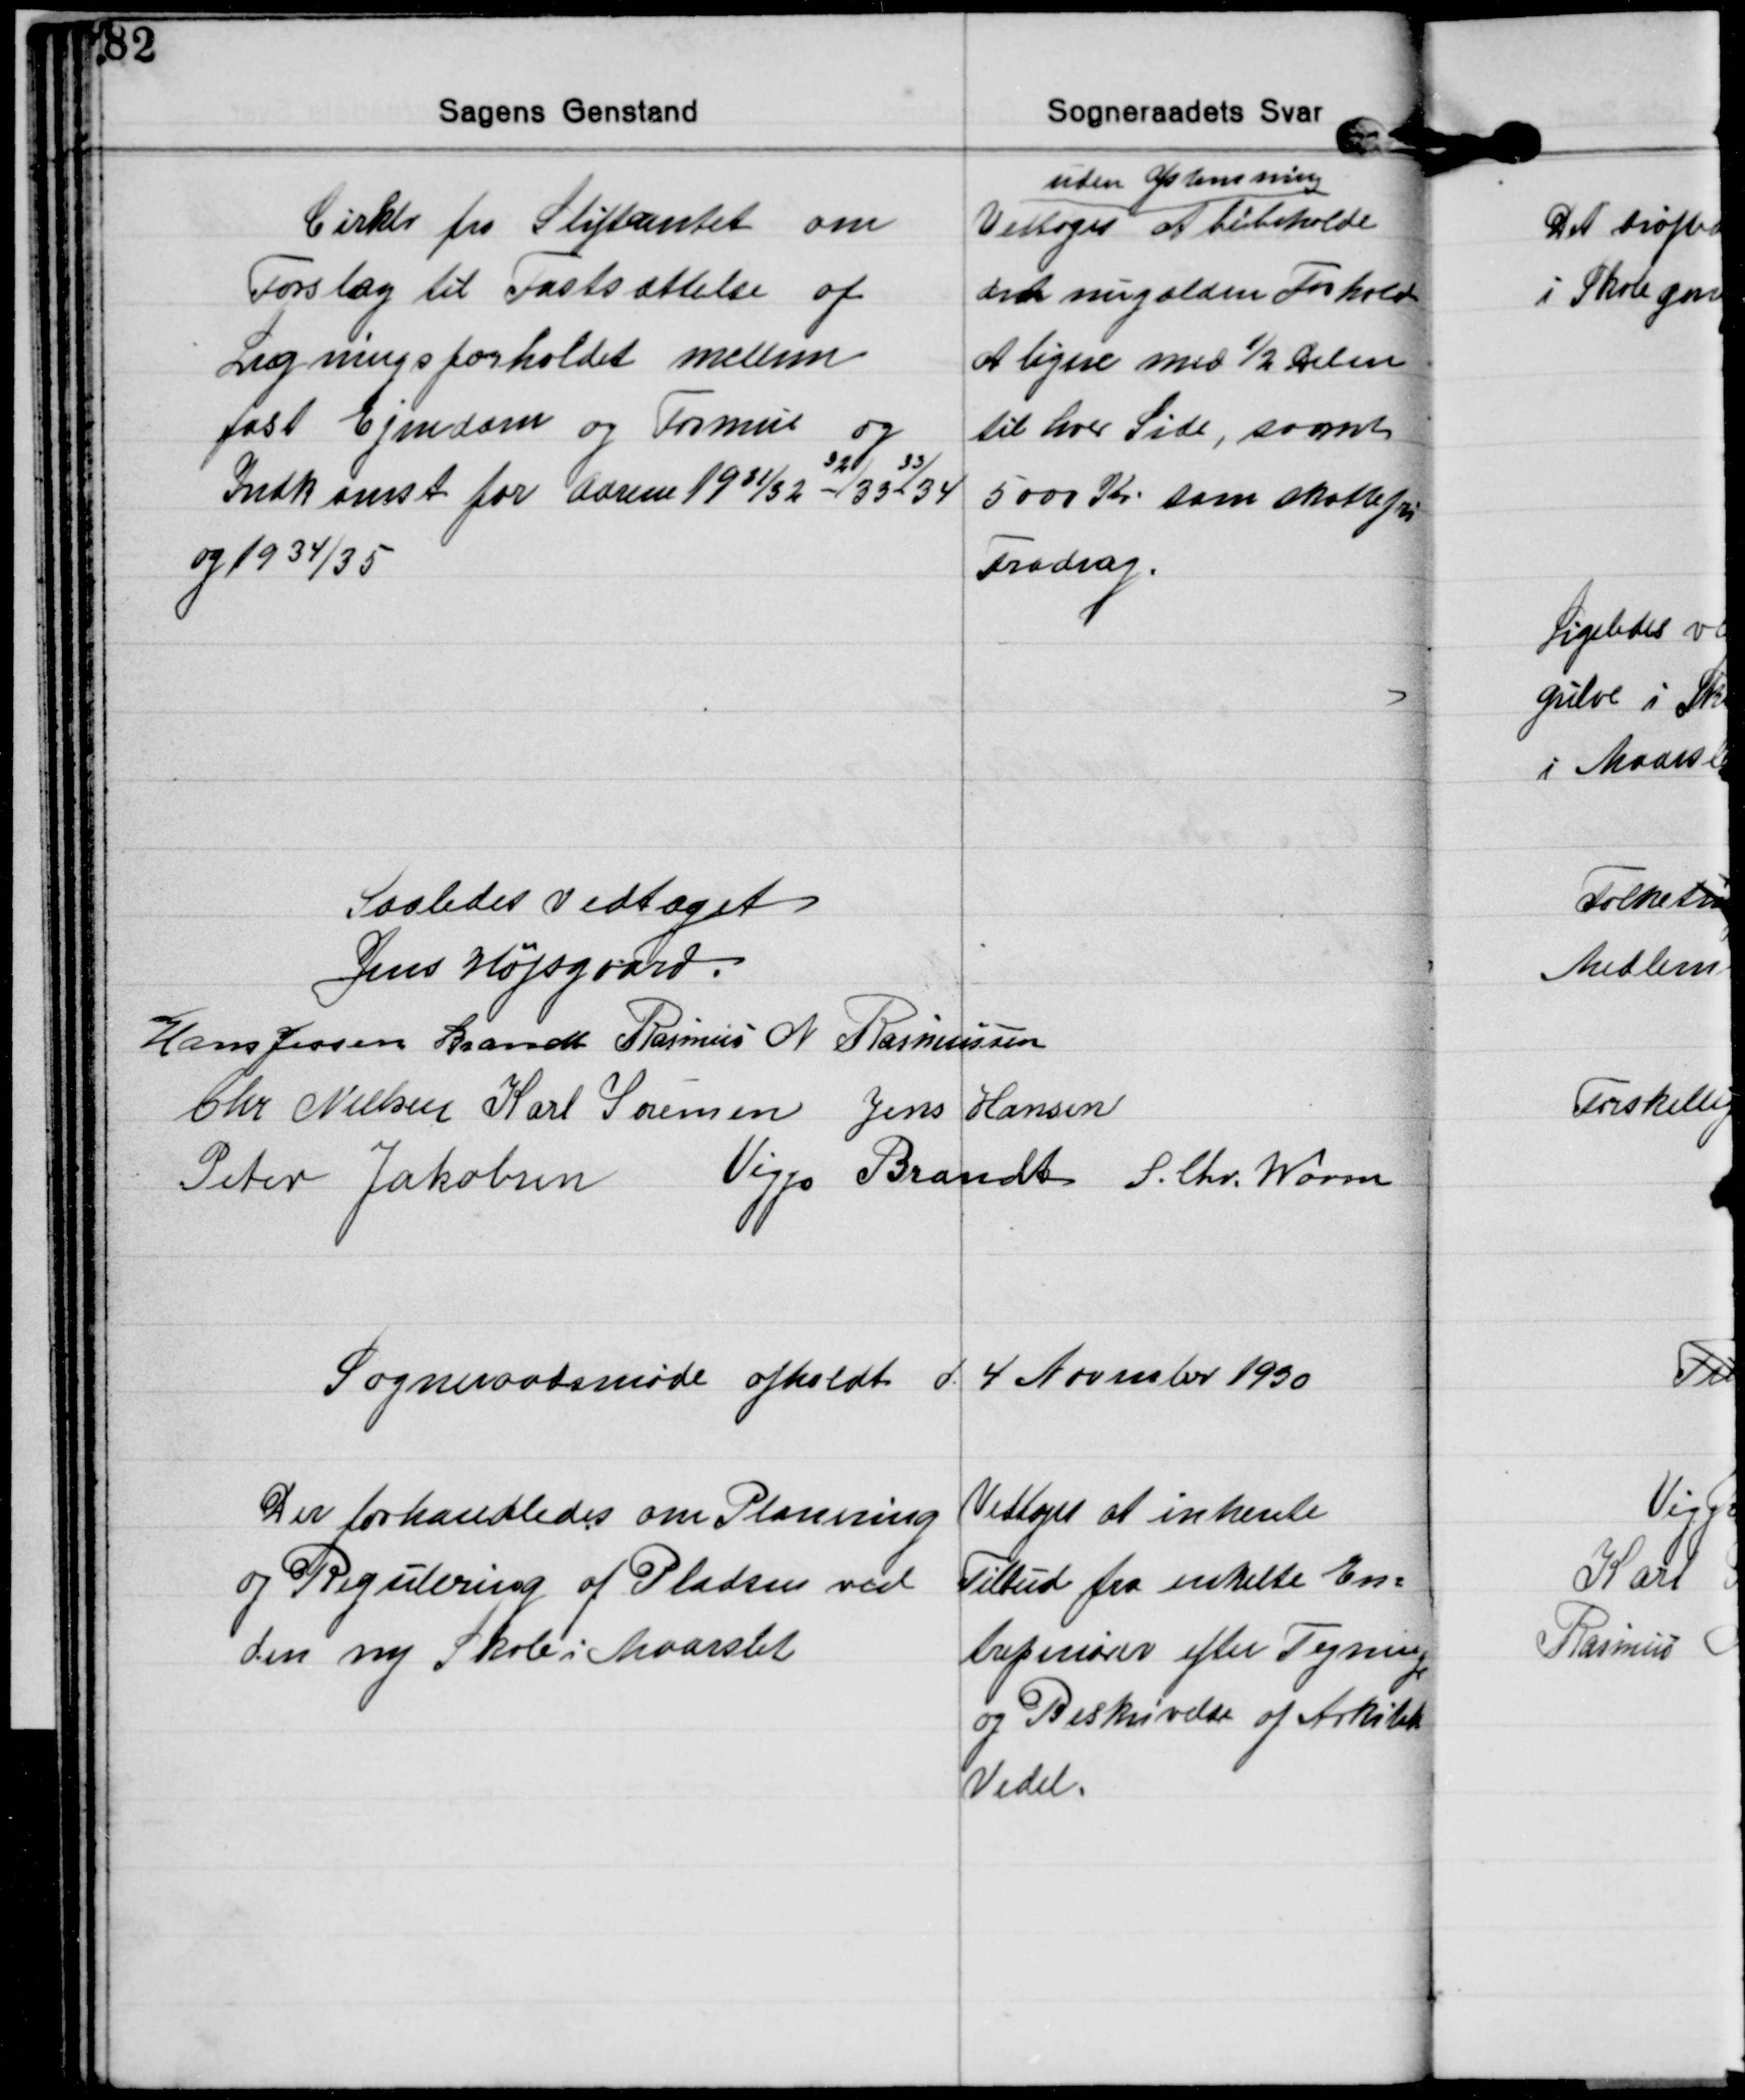
Transskription:
Cirklr fra Stiftamtet om
Forslag til Fastsættelse af
Ligningsforholdet mellem
fast Ejendom og Formue og
Indkomst for Aarene 1931/32 -32/33-33/34
og 1934/35
Vedtoges 
uden Afstemning
at bibeholde
det nugælden Forhold
at ligne med ½ Delen
til hver Side, samt
5000 Kr. som skattefri
Fradrag.

Saaledes Vedtaget.
Jens Højsgaard.
Hans Jessen Brandt Rasmus N. Rasmussen
Chr. Nielsen Karl Sørensen Jens Hansen
Peter Jakobsen Viggo Brandt S. Chr. Worm

Sogneraadsmøde afholdt d. 4 November 1930

Der forhandledes om Planering
og Regulering af Pladsen ved
den ny Skole i Maarslet
Vedtoges at inhente
Tilbud fra enkelte En=
treprenører efter Tegning
og Beskrivelse af Arkitekt
Vedel.